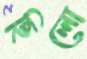
ছিলো